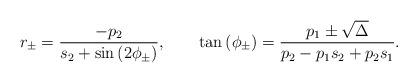
LaTeX: \begin{align*}r_\pm=\frac{-p_2}{s_2+\sin\left(2\phi_{\pm}\right)},\qquad\tan\left(\phi_{\pm}\right)=\frac{p_1\pm \sqrt{\Delta}}{p_2-p_1s_2+p_2s_1} .\end{align*}